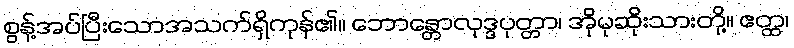
စွန့်အပ်ပြီးသောအသက်ရှိကုန်၏။ ဘောန္တောလုဒ္ဒပုတ္တာ၊ အိုမုဆိုးသားတို့။ ဧတ္ထ၊